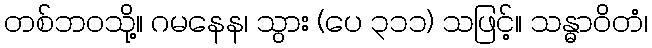
တစ်ဘဝသို့။ ဂမနေန၊ သွား (ပေ ၃၁၁) သဖြင့်။ သန္ဓာဝိတံ၊